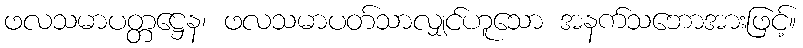
ဖလသမာပတ္တဋ္ဌေန၊ ဖလသမာပတ်သာလျှင်ဟူသော အနက်သဘောအားဖြင့်။